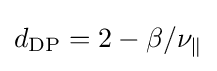
d_{\mathrm {DP} }=2-\beta /\nu _{\parallel }